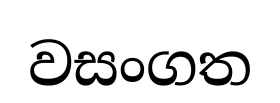
වසංගත